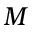
M